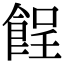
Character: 𩛦